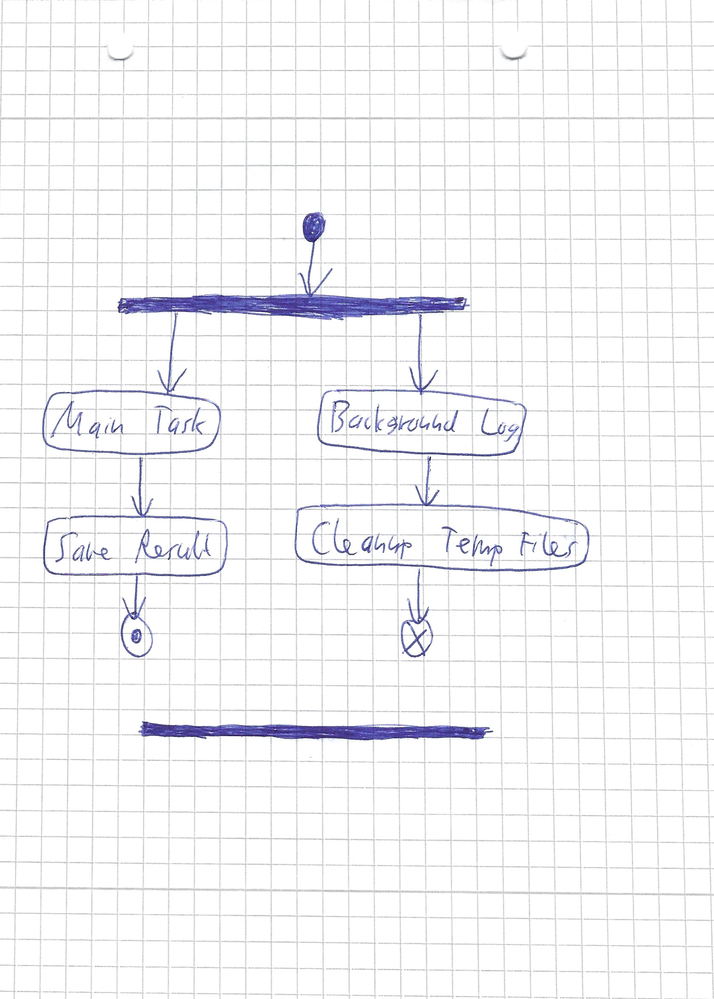
Diagram type: activity_diagram
```plantuml
@startuml

start
fork
  :Main Task;
  :Save Result;
  stop
fork again
  :Background Log;
  :Cleanup Temp Files;
  end
end fork

@enduml
```